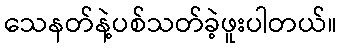
သေနတ်နဲ့ပစ်သတ်ခဲ့ဖူးပါတယ်။